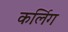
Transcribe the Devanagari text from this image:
कर्लिग